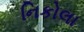
નિકોલા